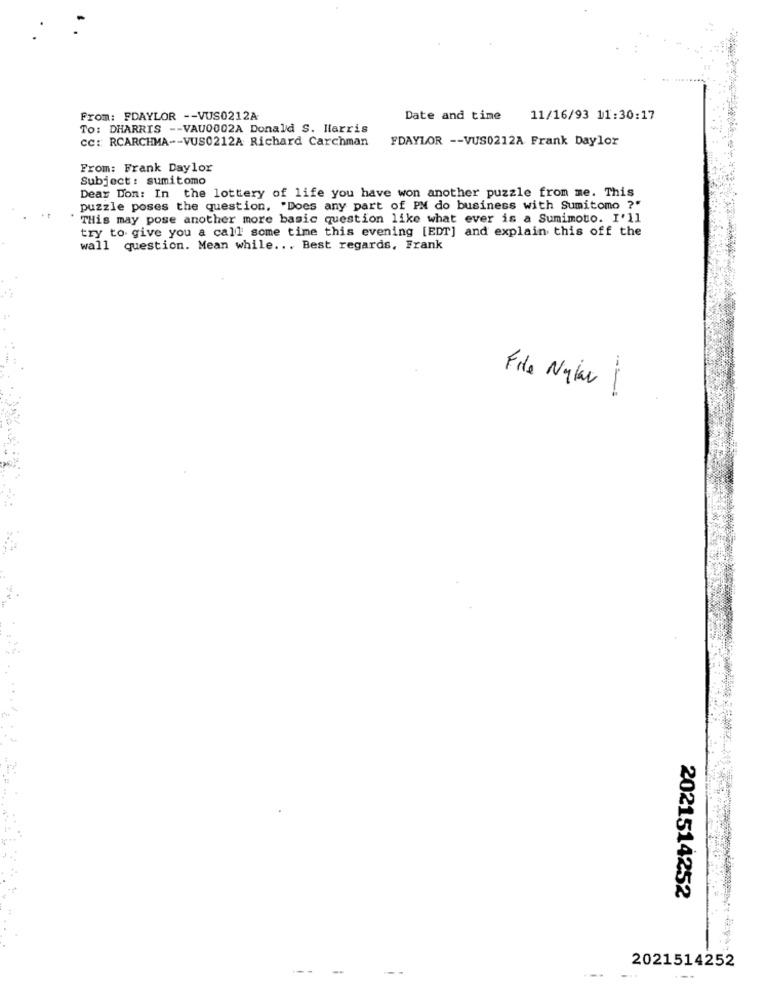
From: FDAYLOR -- VUS0212A
Date and time
11/16/93 11:30:17
To: DHARRIS -- VAU0002A Donald S. Harris
cc :: RCARCHMA -- VUS0212A Richard Carchman
FDAYLOR -- VUS0212A Frank Daylor
From: Frank Daylor
Subject: sumitomo
Dear Don: In the lottery of life you have won another puzzle from me. This
puzzle poses the question. "Does any part of PN do business with Sumitomo ?"
THis may pose another more basic question like what ever is a Sumimoto. I'll
try to give you a call some time this evening [EDT] and explain this off the
wall question. Mean while ... Best regards, Frank
File Nylas 1
2021514252
2021514252
---